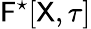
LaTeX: \mathsf{F}^{\star}[\mathsf{X},\tau]